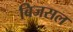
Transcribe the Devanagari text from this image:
बिजसल